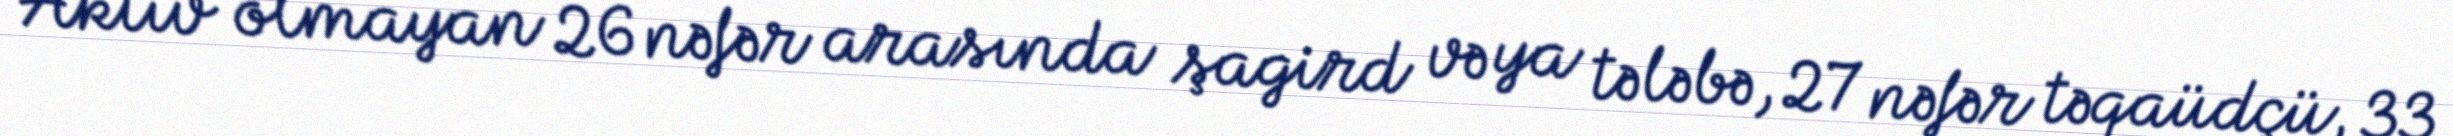
Aktiv olmayan 26 nəfər arasında şagird və ya tələbə, 27 nəfər təqaüdçü, 33